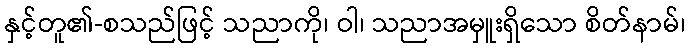
နှင့်တူ၏-စသည်ဖြင့် သညာကို၊ ဝါ၊ သညာအမှူးရှိသော စိတ်နာမ်၊